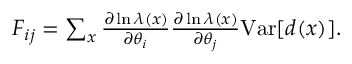
\begin{array} { r } { F _ { i j } = \sum _ { x } \frac { \partial \ln \lambda ( x ) } { \partial \theta _ { i } } \frac { \partial \ln \lambda ( x ) } { \partial \theta _ { j } } \mathrm { V a r } [ d ( x ) ] . } \end{array}